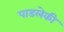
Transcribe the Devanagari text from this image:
पाडलेकी